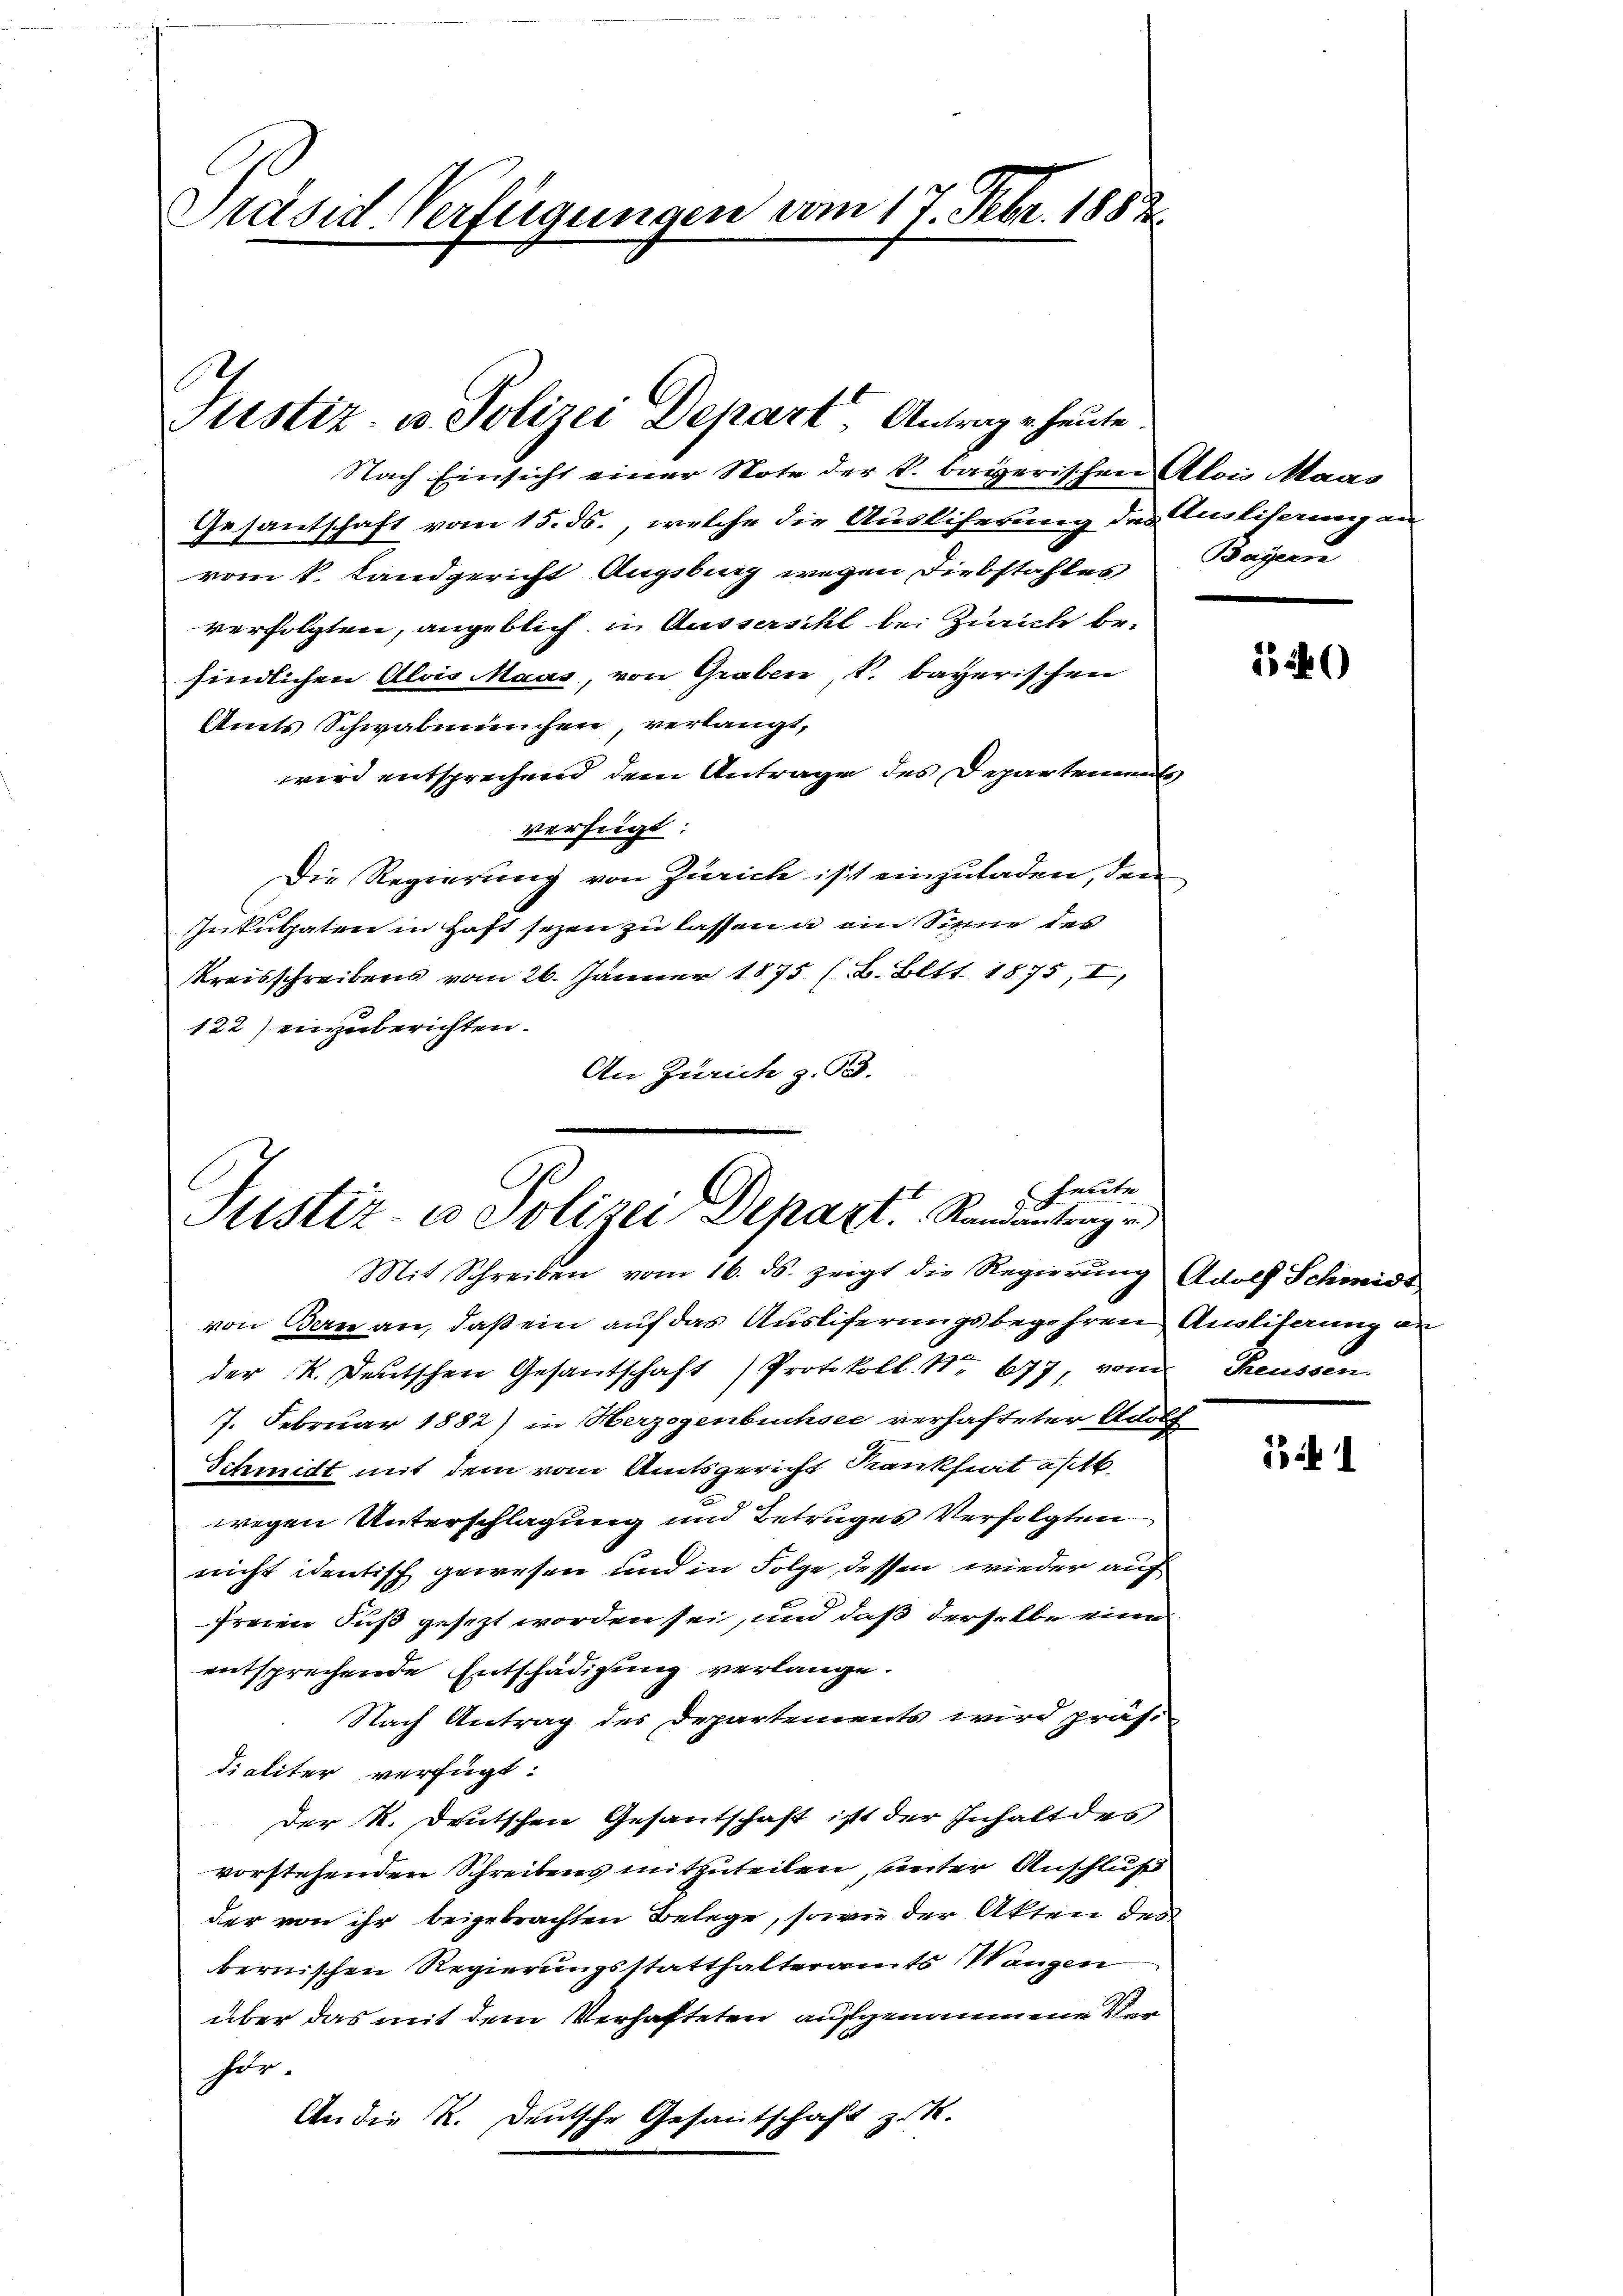
Präsid. Verfügungen vom 17. Febr. 1882.

Justiz- u. Polizei Depart Antrage heute.

Nach Einsicht einer Note der k. bayerischen Alois Maas
Gesantschaft vom 15. ds., welche die Ausliferung des Auslisau an-
vom k. Landgericht Augsburg wegen Diebstahles
verfolgten, angeblich in Aussersihl bei Zürich befindlichen Alois Maas, von Graben, k. bayerischen
Amts Schwalmünchen, verlangt,
wird entsprechend dem Antrage des Departements
verfügt:
Die Regierung von Zürich ist einzuladen, den
Inkulpaten in Haft sezen zu lassen u ein Sinne des
kreisschreibens vom 26. Jänner 1875 (8. Bett. 1875, I,
122) einzuberichten.
An Zürich z. B.

heute
2.
Justiz- u Polizei Depart. Randentragen

Bayerne

Mit Schreiben vom 16. ds. zeigt die Regierŭng Adolf Schmide
von Bern an, daß ein auf das Auslieferungsbegehren Anlifung an
der K. Deutschen Gesantschaft Protokoll. Nr. 677, vom Reussen.
7. Februar 1882) in Herzogenbuchsee verhafteter Adolf
Schmitt mit dem vom Amtsgericht Krankfurt aft.
wegen Unterschlagung und Betruges Verfolgten
nicht identisch gewesen und in Folge dessen wieder auf
freien Fuß gesezt worden sei, und daß derselbe eine
entsprechende Entschädigung verlange.
Nach Antrag des Departements wird präsi
dialiter verfügt:
Der R. Deutschen Gesantschaft ist der Inhalt des
vorstehenden Schreibens mitzuteilen, unter Anschluß
der von ihr beigebrachten Belege, sowie der Akten des
bernischen Regierungsstatthalteramts Wangen
über das mit dem Verhafteten aufgenommene Verher.
An die R. Deutsche Gesantschaft zu.

1520

i